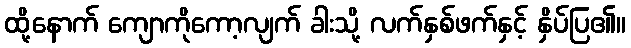
ထို့နောက် ကျောကိုကော့လျက် ခါးသို့ လက်နှစ်ဖက်နှင့် နှိပ်ပြ၏။